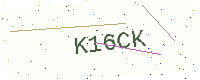
Text: K16CK